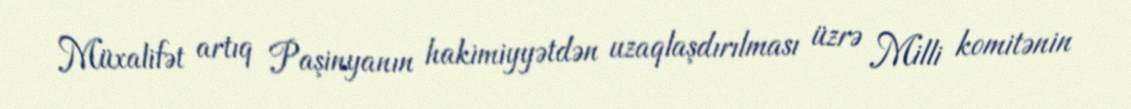
Müxalifət artıq Paşinyanın hakimiyyətdən uzaqlaşdırılması üzrə Milli komitənin